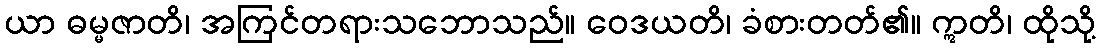
ယာ ဓမ္မဇာတိ၊ အကြင်တရားသဘောသည်။ ဝေဒယတိ၊ ခံစားတတ်၏။ ဣတိ၊ ထိုသို့